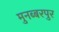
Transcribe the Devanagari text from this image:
मुनब्बरपुर